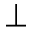
\perp